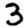
Digit: 3